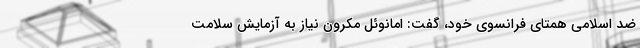
ضد اسلامی همتای فرانسوی خود، گفت: امانوئل مکرون نیاز به آزمایش سلامت